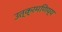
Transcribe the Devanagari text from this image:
उत्क्रमणिय्य